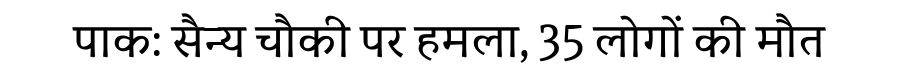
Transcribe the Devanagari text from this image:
पाक: सैन्य चौकी पर हमला, 35 लोगों की मौत